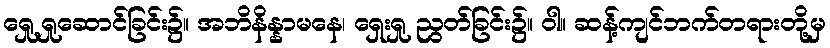
ရှေု့ရှုဆောင်ခြင်း၌။ အဘိနိန္နာမနေ၊ ရှေးရှု ညွတ်ခြင်း၌။ ဝါ။ ဆန့်ကျင်ဘက်တရားတို့မှ